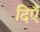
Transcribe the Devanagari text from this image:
दिएँ